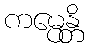
ကမ္ပေန္တိ